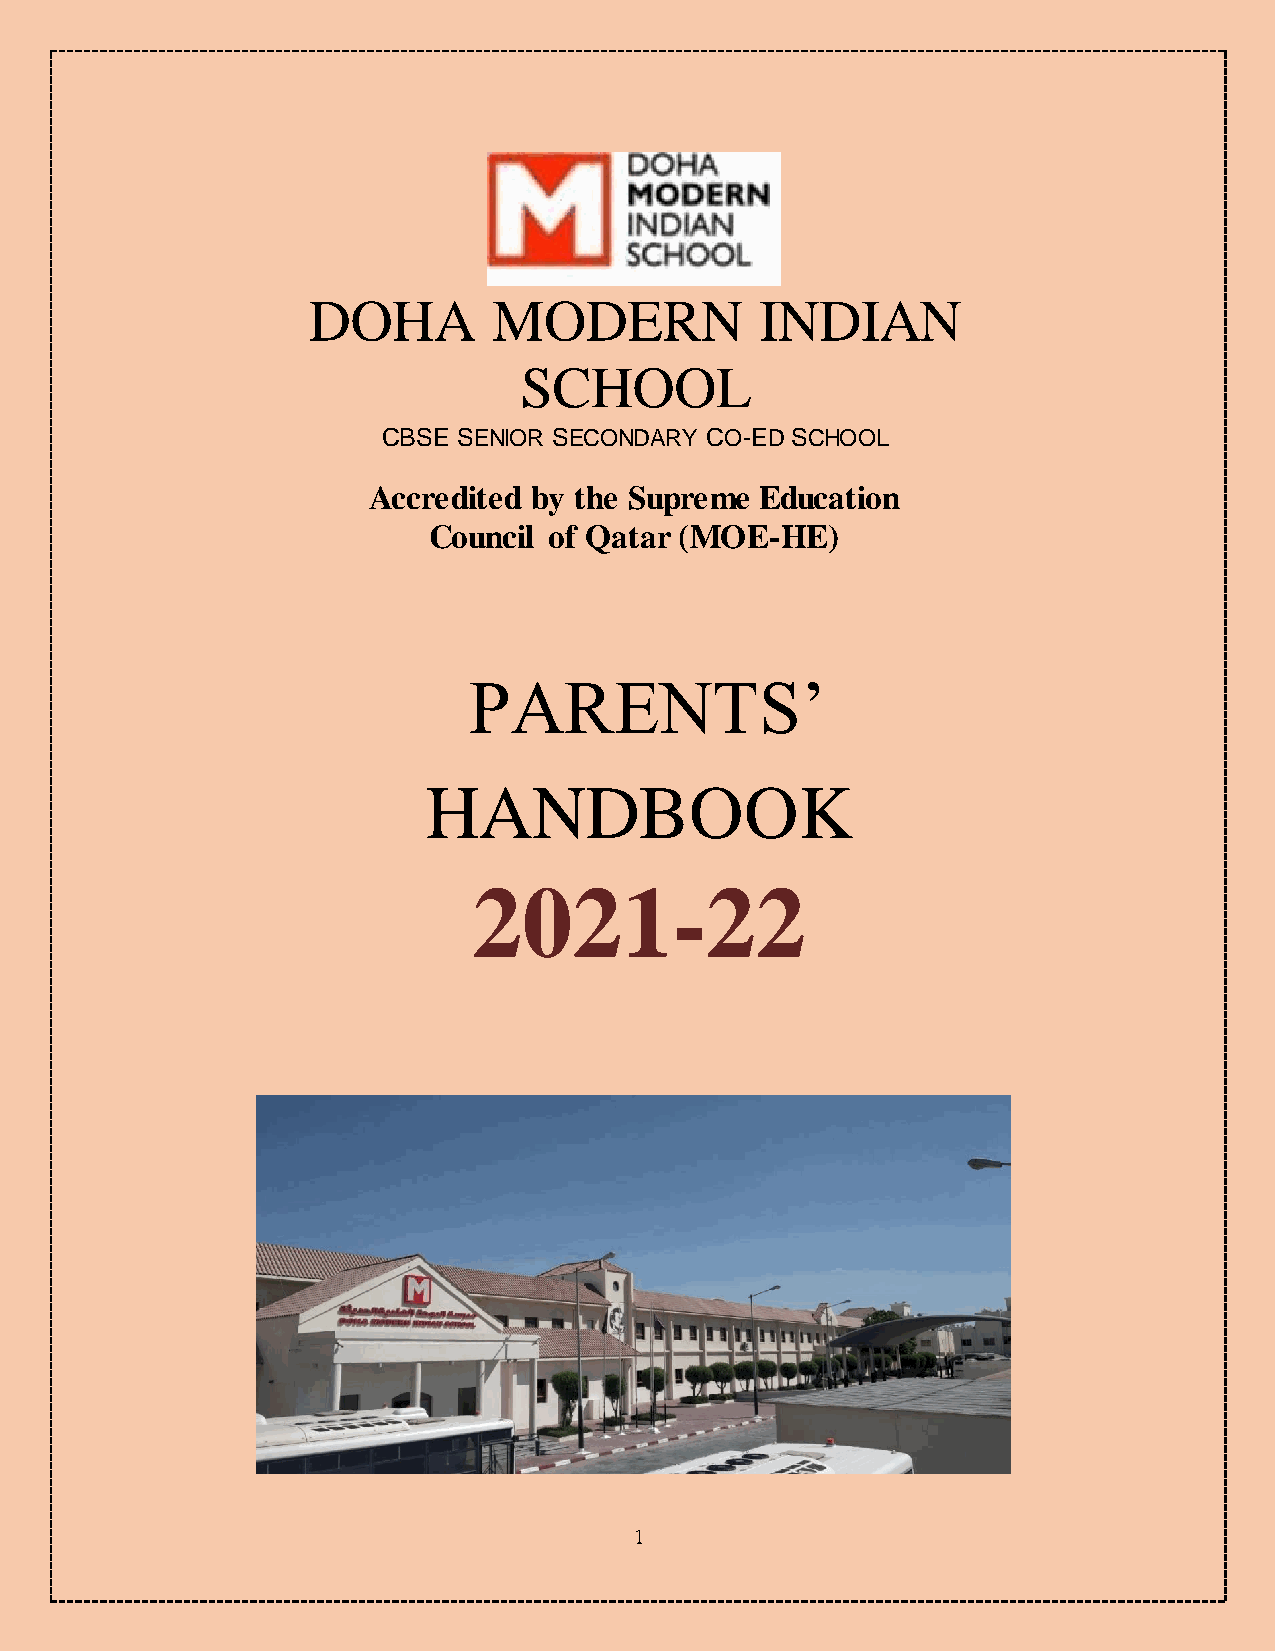
DOHA         MODERN           INDIAN
 SCHOOL
 CBSE SENIOR SECONDARY CO-ED SCHOOL
 Accredited by the Supreme Education
 Council of Qatar (MOE-HE)
 PARENTS’
 HANDBOOK
 2021-22
 1